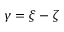
\gamma = \xi - \zeta